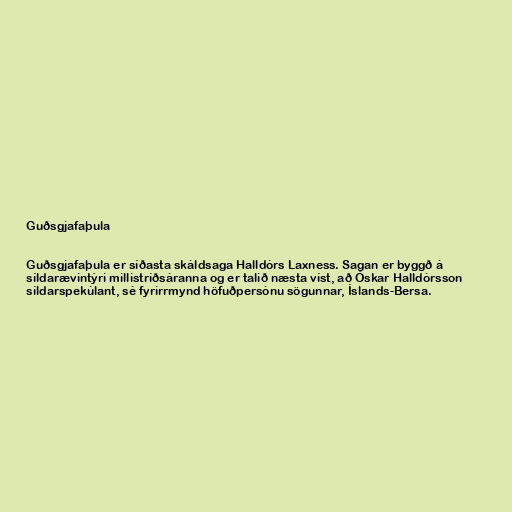
Guðsgjafaþula

Guðsgjafaþula er síðasta skáldsaga Halldórs Laxness. Sagan er byggð á
síldarævintýri millistríðsáranna og er talið næsta víst, að Óskar Halldórsson
síldarspekúlant, sé fyrirrmynd höfuðpersónu sögunnar, Íslands-Bersa.